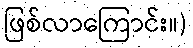
ဖြစ်လာကြောင်း။)